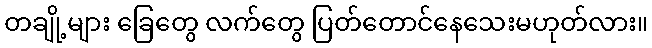
တချို့များ ခြေတွေ လက်တွေ ပြတ်တောင်နေသေးမဟုတ်လား။